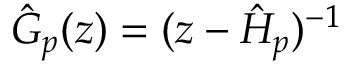
\hat { G } _ { p } ( z ) = ( z - \hat { H } _ { p } ) ^ { - 1 }